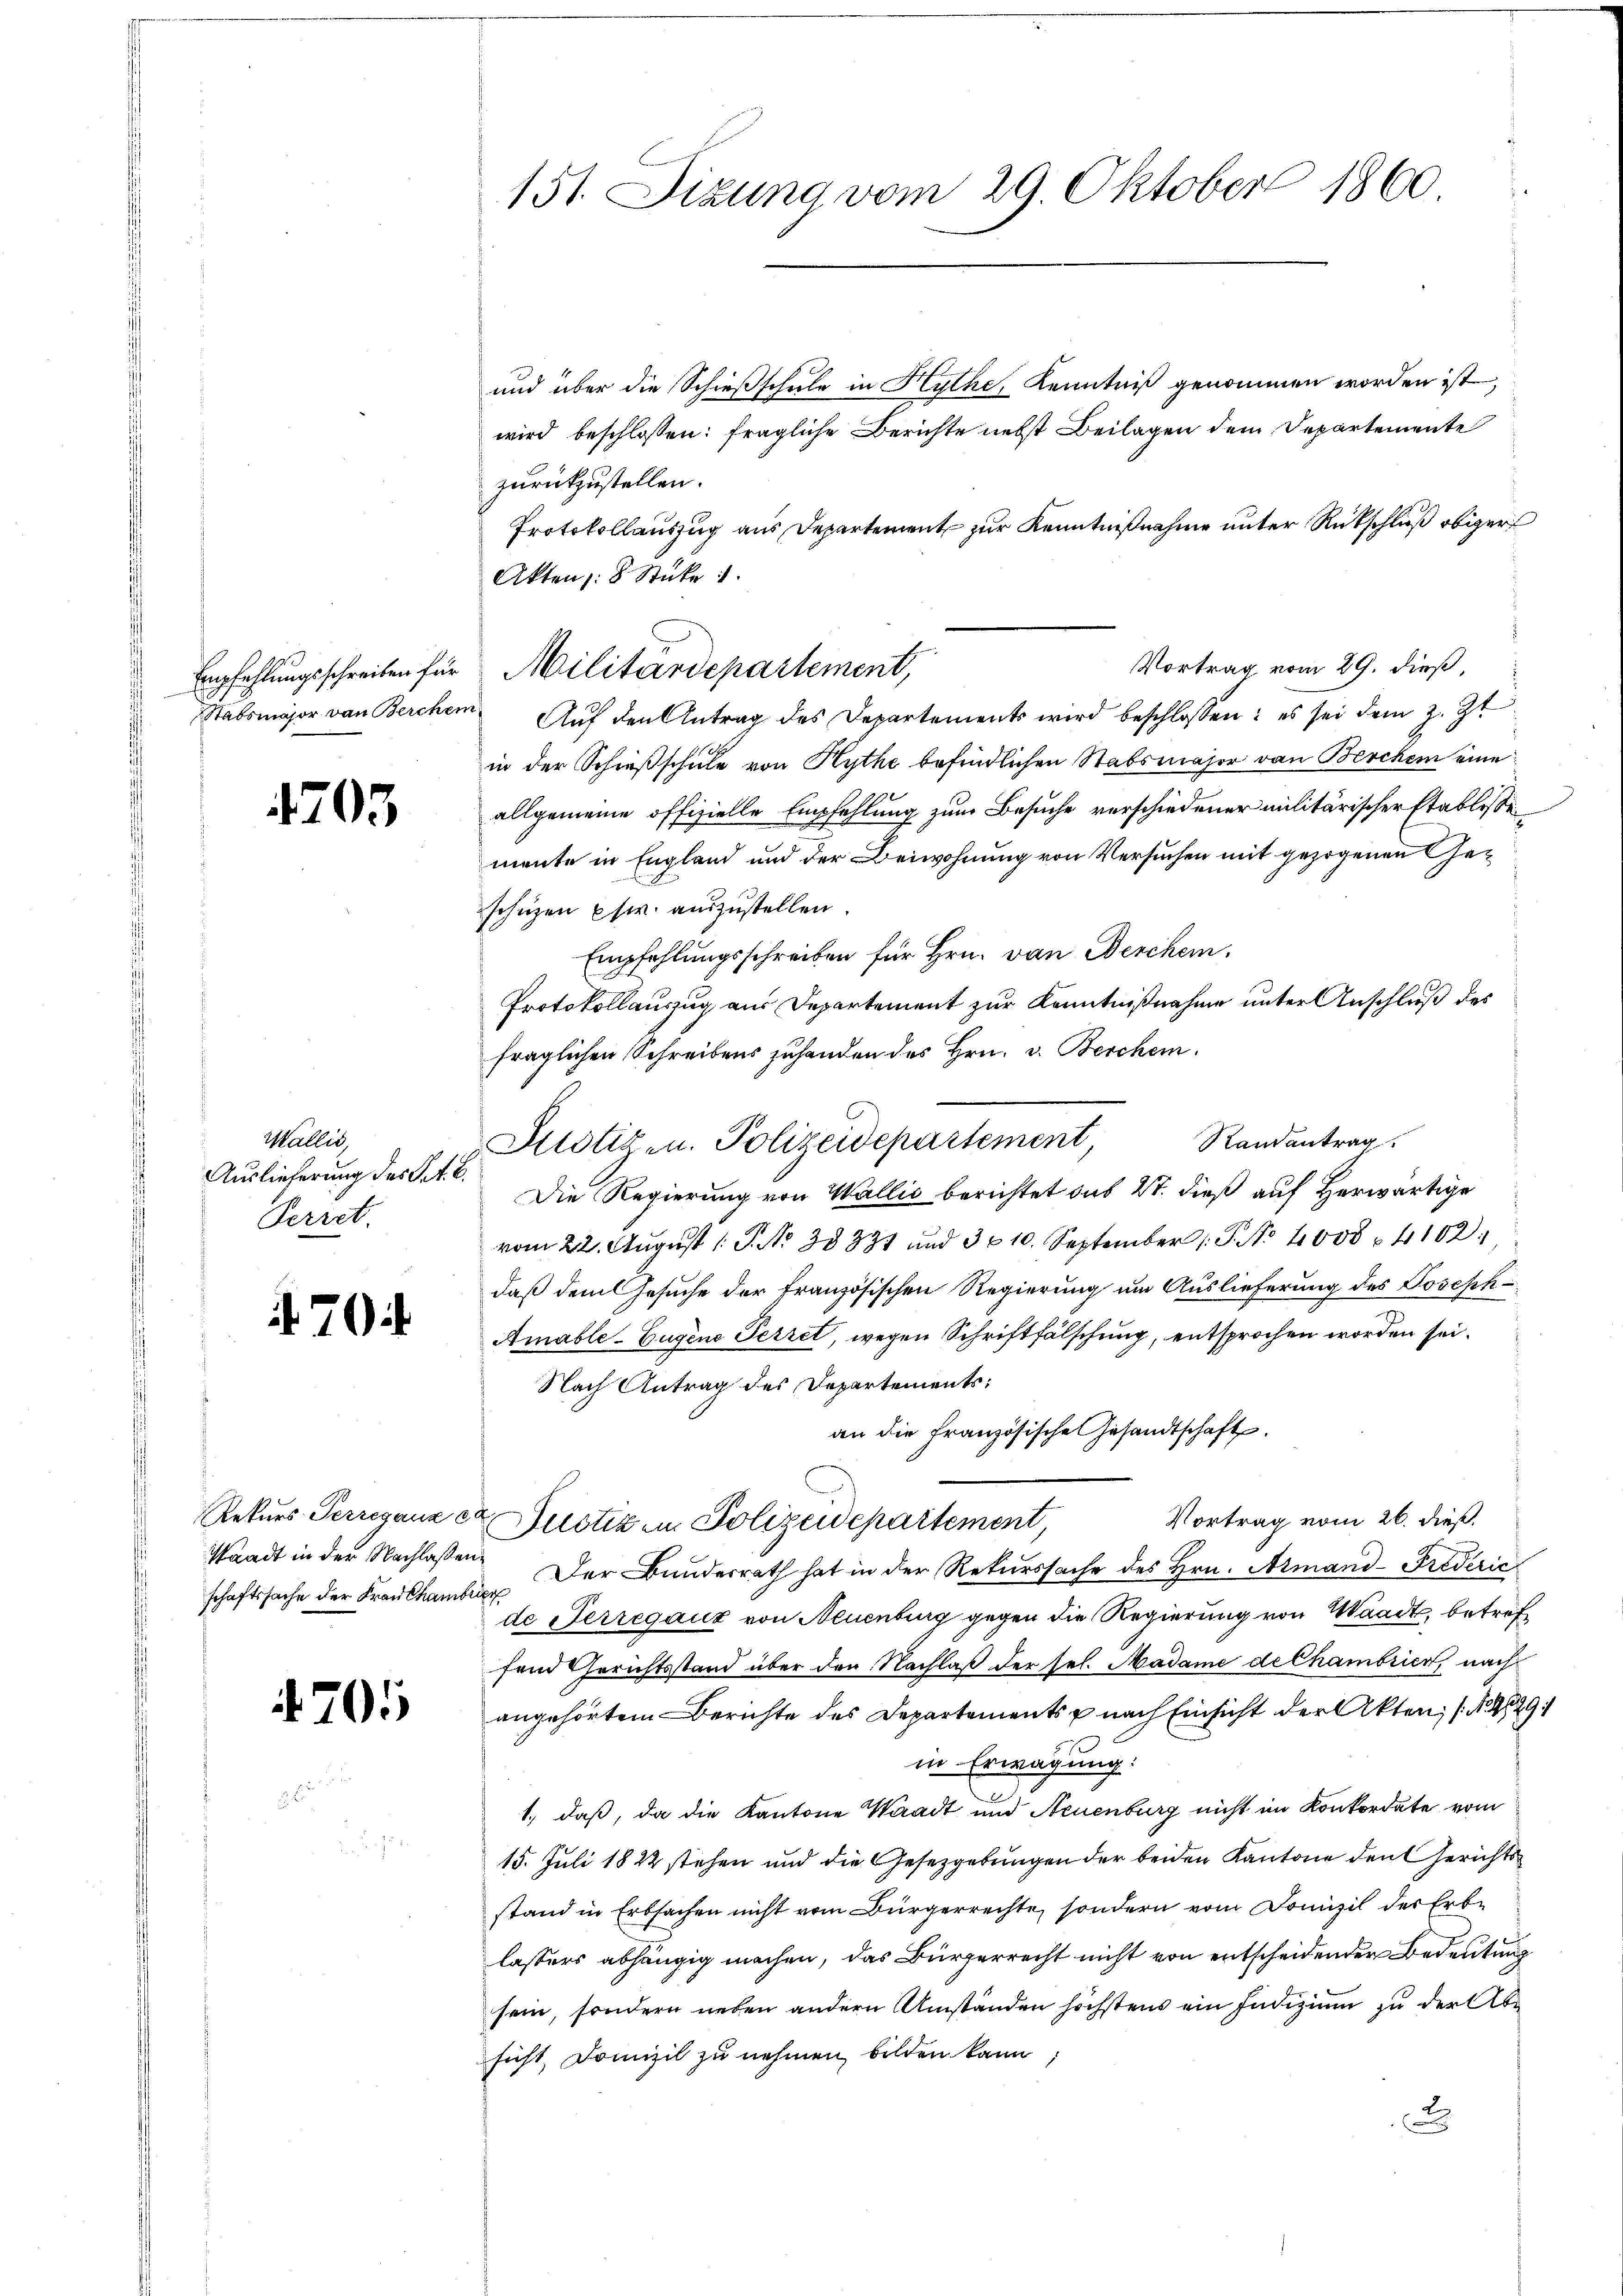
705

Wallis,
Auslieferung des Act. B.
Perret.

704

Waadt in der Nachlaßen¬

705

.
151. Sizung vom 29. Oktober 1860.

und über die Schießschule in Hythe, Kenntniß genommen worden ist,
wird beschlossen: fragliche Berichte nebst Beilagen dem Departemente
zurückzustellen.
Protokollauszug aus Departement zur Kenntnißnahme unter Rückschluß obiger
Akten : 8 Stücke 1
Vortrag vom 29. dieß,
Stabsmajor von Berchen Aŭf den Antrag des Departements wird beschlossen: es sei dem z. Zt
in der Schießschule von Hythe befindlichen Stabsmajor von Berchen eine
allgemeine offizielle Empfehlung zum Besuche verschiedener militärischer Etablisse
mente in England und der Beiwohnung von Versuchen mit gezogenen Geschützen pfwr. auszustellen.
Empfehlungsschreiben für Hrn. von Werchein.
Protokollauszug aus Departement zur Kenntnißnahme unter Anschluß des
fraglichen Schreibens zuhanden des Hrn. v. Berchen.
Justigen. Polizeidepartement, Randantrag.
Die Regierung von Wallis berichtet das 2t. dieß auf Herwärtige
vom 22. Aŭgŭst 1 P. Nr. 38831 und 310. September 1. P. No 1008 4102
daß dem Gesuche der französischen Regierung um Auslieferung des Joseph-
Amable-Eugene Perret, wegen Schriftfälschung, entsprochen worden sei.
Nach Antrag des Departements;
an die französische Gesandtschaft.
Vortrag vom 26. dieß.
Rekurs-Perreganz er Justiz in Polizeidepartement,
schaftssache der Fraŭamt Der Bundesrath hat in der Rekurssache des Hrn. Armand-Frederic
de Herregauz von Neuenburg gegen die Regierung von Waadt, betreffend Gerichtsstand über den Nachlaß der sel. Madame de Chambrier, nach
angehörtem Berichte des Departements nach Einsicht der Akten; (8829/
in Erwägung:
1., daß, da die Kantone Waadt und Neuenburg nicht im Konkordate vom
15. Juli 1822 stehen und die Gesetzgebungen der beiden Kantone den Gerichtsstand in Erbsachen nicht vom Bürgerrechte, sondern vom Domizil der Erblassers abhängig machen, das Bürgerrecht nicht von entscheidender Bedeutung
sein, sondern neben andern Umständen höchstens ein Jndizium zu der Abe
sicht, Domizil zu nehmen, bilden kann;
.

Empfehlungsschreiben für Militärdepartement,